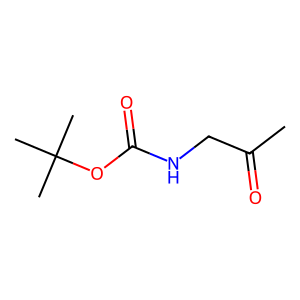
SMILES: CC(=O)CNC(=O)OC(C)(C)C
Inhibits HIV replication: No